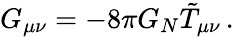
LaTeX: G_{\mu\nu}=-8\pi G_{N}\tilde{T}_{\mu\nu}\, .